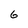
Character: 6